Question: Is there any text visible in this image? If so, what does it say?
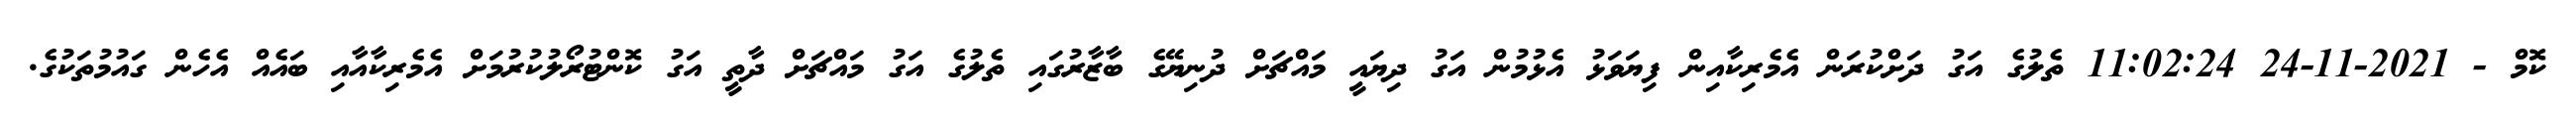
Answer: ކޮމް - 2021-11-24 11:02:24 ތެލުގެ އަގު ދަށްކުރަން އެމެރިކާއިން ފިޔަވަޅު އެޅުމުން އަގު ދިޔައީ މައްޗަށް ދުނިޔޭގެ ބާޒާރުގައި ތެލުގެ އަގު މައްޗަށް ދާތީ އަގު ކޮންޓުރޯލުކުރުމަށް އެމެރިކާއާއި ބައެއް އެހެން ގައުމުތަކުގެ.